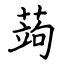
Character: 蒟